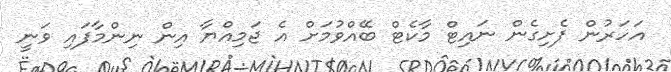
އަހަރުން ފެށިގެން ނައިޓް މާކެޓް ބޭއްވުމަށް އެ ޖަމިއްޔާ އިން ނިންމާފައި ވަނީ